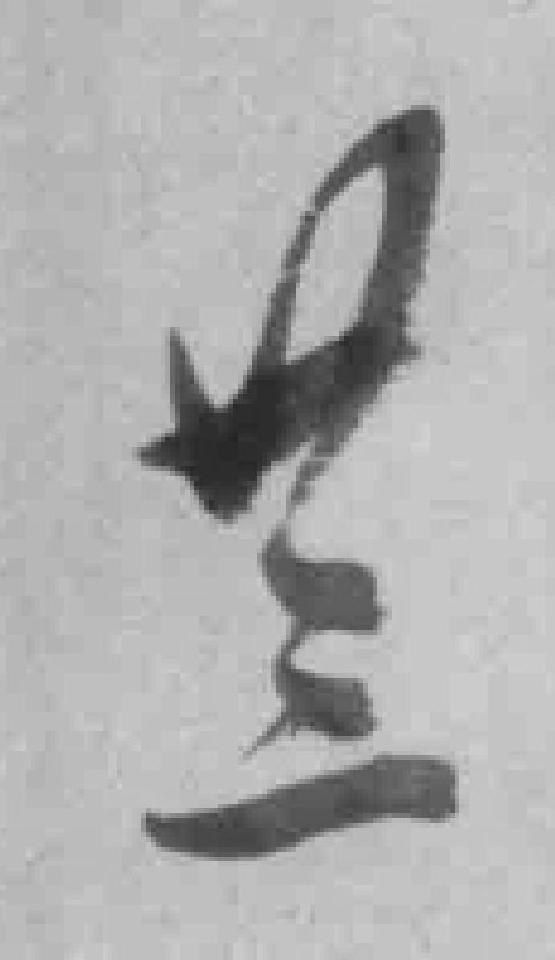
廿三